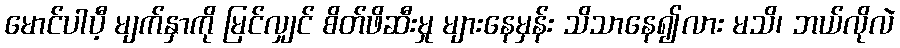
မောင်ပါပီ့ မျက်နှာကို မြင်လျှင် စိတ်ဖိဆီးမှု များနေမှန်း သိသာနေ၍လား မသိ၊ ဘယ်လိုလဲ